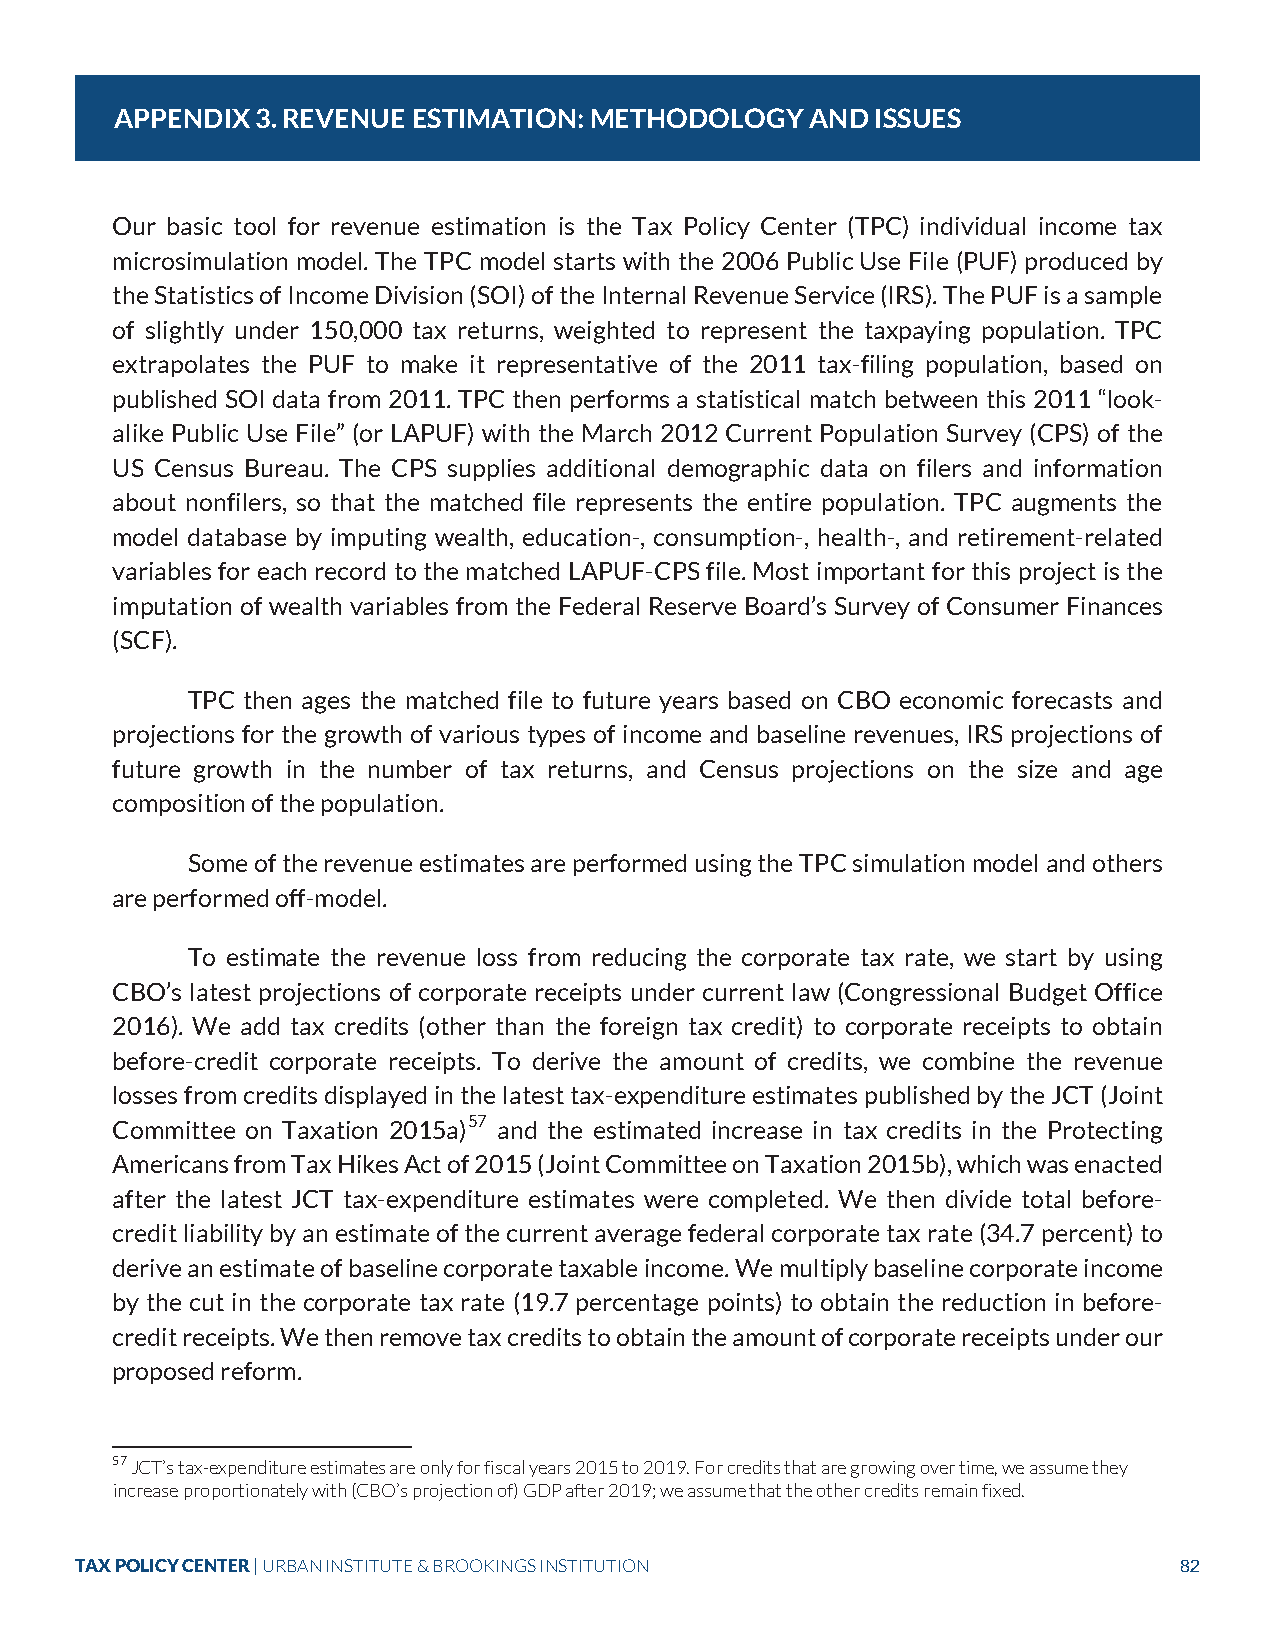
APPENDIX 3. REVENUE ESTIMATION: METHODOLOGY   AND ISSUES
 Our basic tool for revenue estimation is the Tax Policy Center (TPC) individual income tax
 microsimulation model. The TPC model starts with the 2006 Public Use File (PUF) produced by
 the Statistics of Income Division (SOI) of the Internal Revenue Service (IRS). The PUF is a sample
 of slightly under 150,000 tax returns, weighted to represent the taxpaying population. TPC
 extrapolates the PUF to make it representative of the 2011 tax-filing population, based on
 published SOI data from 2011. TPC then performs a statistical match between this 2011 “look-
 alike Public Use File” (or LAPUF) with the March 2012 Current Population Survey (CPS) of the
 US Census Bureau. The CPS supplies additional demographic data on filers and information
 about nonfilers, so that the matched file represents the entire population. TPC augments the
 model database by imputing wealth, education-, consumption-, health-, and retirement-related
 variables for each record to the matched LAPUF-CPS file. Most important for this project is the
 imputation of wealth variables from the Federal Reserve Board’s Survey of Consumer Finances
 (SCF).
 TPC then ages the matched file to future years based on CBO economic forecasts and
 projections for the growth of various types of income and baseline revenues, IRS projections of
 future growth in the number of tax returns, and Census projections on the size and age
 composition of the population.
 Some of the revenue estimates are performed using the TPC simulation model and others
 are performed off-model.
 To estimate the revenue loss from reducing the corporate tax rate, we start by using
 CBO’s latest projections of corporate receipts under current law (Congressional Budget Office
 2016). We add tax credits (other than the foreign tax credit) to corporate receipts to obtain
 before-credit corporate receipts. To derive the amount of credits, we combine the revenue
 losses from credits displayed in the latest tax-expenditure estimates published by the JCT (Joint
 Committee on Taxation 2015a)57 and the estimated increase in tax credits in the Protecting
 Americans from Tax Hikes Act of 2015 (Joint Committee on Taxation 2015b), which was enacted
 after the latest JCT tax-expenditure estimates were completed. We then divide total before-
 credit liability by an estimate of the current average federal corporate tax rate (34.7 percent) to
 derive an estimate of baseline corporate taxable income. We multiply baseline corporate income
 by the cut in the corporate tax rate (19.7 percentage points) to obtain the reduction in before-
 credit receipts. We then remove tax credits to obtain the amount of corporate receipts under our
 proposed reform.
 57 JCT’s tax-expenditure estimates are only for fiscal years 2015 to 2019. For credits that are growing over time, we assume they
 increase proportionately with (CBO’s projection of) GDP after 2019; we assume that the other credits remain fixed.
 TAX POLICY CENTER | URBAN INSTITUTE & BROOKINGS INSTITUTION              82